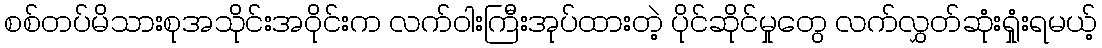
စစ်တပ်မိသားစုအသိုင်းအဝိုင်းက လက်ဝါးကြီးအုပ်ထားတဲ့ ပိုင်ဆိုင်မှုတွေ လက်လွှတ်ဆုံးရှုံးရမယ့်